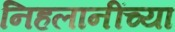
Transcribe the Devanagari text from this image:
निहलानींच्या